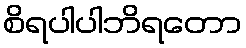
စိရပါပါဘိရတော